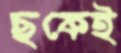
ছকেই